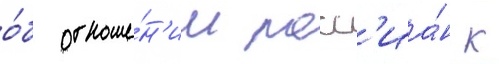
о́б отноше́н'ии росс'иа́н к